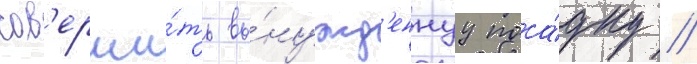
сов'ерши́ть вы́нужд'еннуу поса́дку //